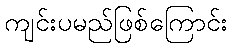
ကျင်းပမည်ဖြစ်ကြောင်း